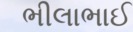
ભીલાભાઈ